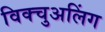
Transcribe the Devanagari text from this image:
विक्चुअलिंग